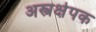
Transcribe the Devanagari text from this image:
अस्त्रक्षेपक